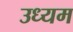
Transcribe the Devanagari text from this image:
उध्यम